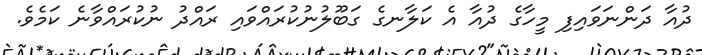
ދުއާ ދަންނަވައިފި މީހާގެ ދުއާ އެ ކަލާނގެ ގަބޫލުނުކުރައްވައި ރައްދު ނުކުރައްވާނެ ކަމެވެ.